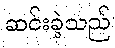
ဆင်းခဲ့သည်